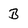
Character: B